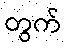
တွက်